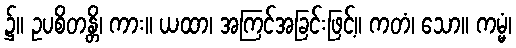
၌။ ဥပစိတန္တိ၊ ကား။ ယထာ၊ အကြင်အခြင်းဖြင့်။ ကတံ၊ သော။ ကမ္မံ၊